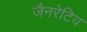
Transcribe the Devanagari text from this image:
जैनरेटिव